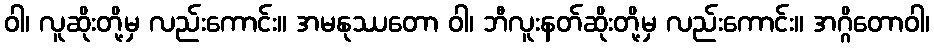
ဝါ၊ လူဆိုးတို့မှ လည်းကောင်း။ အမနုဿတော ဝါ၊ ဘီလူးနတ်ဆိုးတို့မှ လည်းကောင်း။ အဂ္ဂိတောဝါ၊